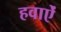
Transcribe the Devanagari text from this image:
हवाऐं